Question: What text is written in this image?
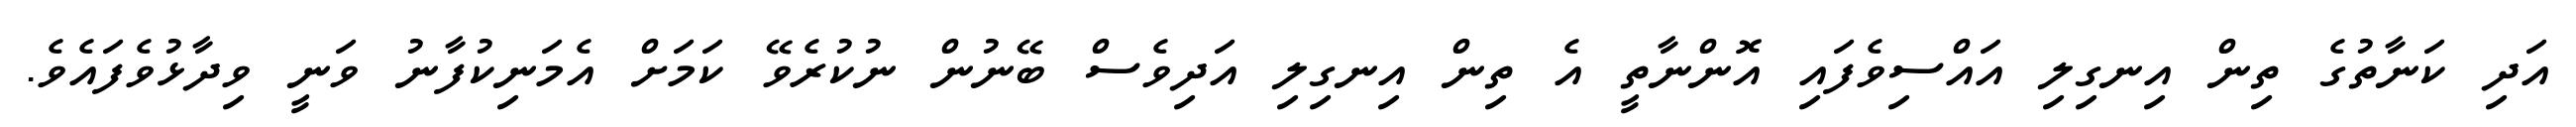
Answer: އަދި ކަނާތުގެ ތިން އިނގިލި އައްސިވެފައި އޮންނާތީ އެ ތިން އިނގިލި އަދިވެސް ބޭނުން ނުކުރެވޭ ކަމަށް އެމަނިކުފާނު ވަނީ ވިދާޅުވެފައެވެ.